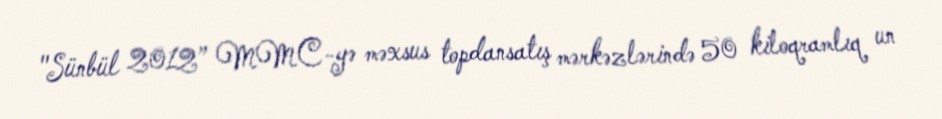
"Sünbül 2012” MMC-yə məxsus topdansatış mərkəzlərində 50 kiloqramlıq un